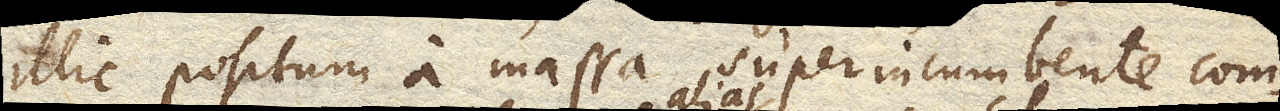
illic positum a massa superincumbente com–